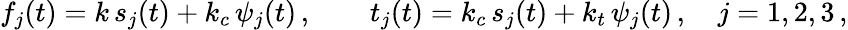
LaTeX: f_{j}(t)=k\, s_{j}(t)+k_{c}\, \psi_{j}(t)\, ,\qquad t_{j}(t)=k_{c}\, s_{j}(t)+k_{t}\, \psi_{j}(t)\, ,\quad j=1,2,3\, ,